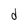
Character: d